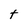
Character: t